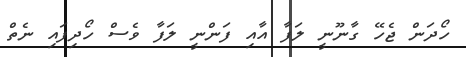
ހޯދަން ޖެހޭ ގާނޫނީ ލަފާ އާއި ފަންނީ ލަފާ ވެސް ހޯދިފައި ނެތް